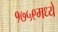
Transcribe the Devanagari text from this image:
१७५९मध्ये